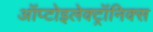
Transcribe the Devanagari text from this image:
ऑप्टोइलेक्ट्रॉनिक्स